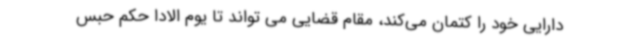
دارایی خود را کتمان می‌کند، مقام قضایی می تواند تا یوم الادا حکم حبس